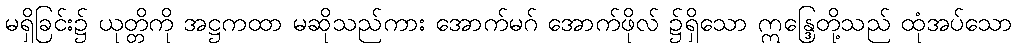
မရှိခြင်း၌ ယုတ္တိကို အဋ္ဌကထာ မဆိုသည်ကား အောက်မဂ် အောက်ဖိုလ် ၌ရှိသော ဣန္ဒြေတို့သည် ထုံအပ်သော